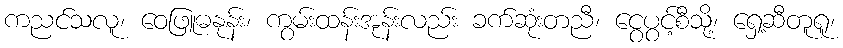
ကညင်သလူ၊ ဝေဖြူဓနုန်း၊ ကွမ်းထန်းအုန်းလည်း ခက်ဆုံးတညီ၊ ငွေပွင့်စီသို့၊ ရှေ့ဆီတူရူ၊